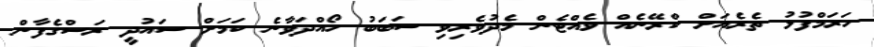
ހަރަމްފުޅު ތެރެއަށް ކްރޭނެއް ވެއްޓެން މެދުވެރިވި ސަބަބު ހޯއްދަވާނެ ކަމަށް ސައުދީ ރަސްގެފާން